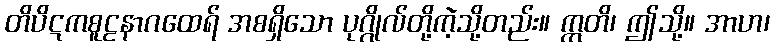
တိပိဋကစူဠနာဂထေရ် အစရှိသော ပုဂ္ဂိုလ်တို့ကဲ့သို့တည်း။ ဣတိ၊ ဤသို့။ အာဟ၊